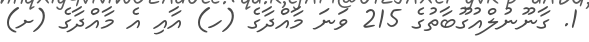
1. ގާނޫނުލްއުގޫބާތުގެ 215 ވަނަ މާއްދާގެ (ހ) އާއި އެ މާއްދާގެ (ށ)